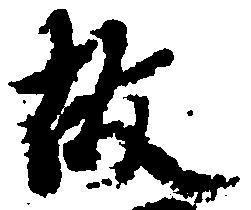
故